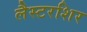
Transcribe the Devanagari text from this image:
लैस्टरशिर